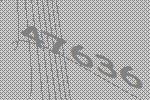
47636